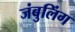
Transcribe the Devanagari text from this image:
जंबुलिंग